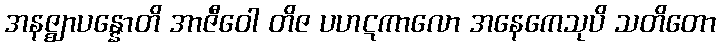
အနဇ္ဈာပန္နောတိ အာဇီဝေါ တိဇ ပဟဋကာလော အနေကေသုပိ သတိတော